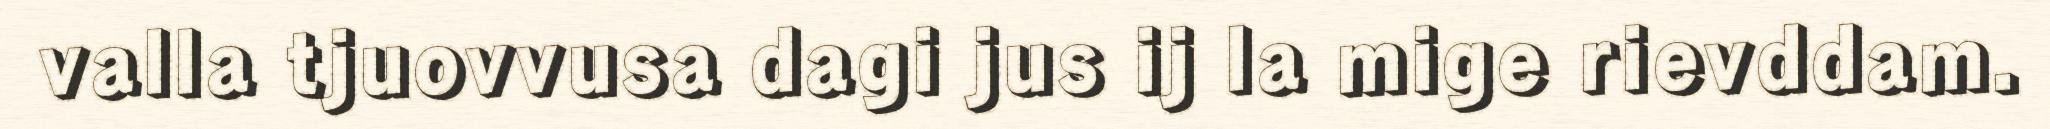
valla tjuovvusa dagi jus ij la mige rievddam.